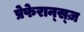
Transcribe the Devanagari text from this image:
प्रेफेरान्स्ज़